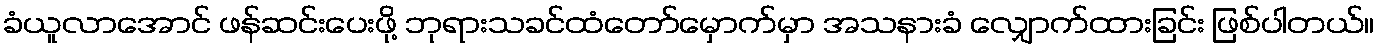
ခံယူလာအောင် ဖန်ဆင်းပေးဖို့ ဘုရားသခင်ထံတော်မှောက်မှာ အသနားခံ လျှောက်ထားခြင်း ဖြစ်ပါတယ်။